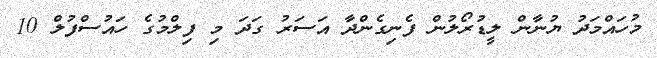
މުހައްމަދު ޔުނާން ލީޑުރޯލުން ފެނިގެންދާ އަސަރު ގަދަ މި ފިލްމުގެ ހައުސްފުލް 10